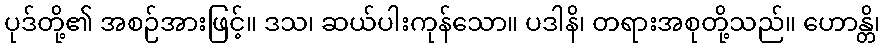
ပုဒ်တို့၏ အစဉ်အားဖြင့်။ ဒသ၊ ဆယ်ပါးကုန်သော။ ပဒါနိ၊ တရားအစုတို့သည်။ ဟောန္တိ၊